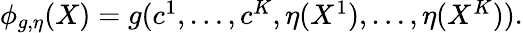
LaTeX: \begin{array}{r}{\phi_{g,\eta}(X)=g(c^{1},\ldots,c^{K},\eta(X^{1}),\ldots,\eta(X^{K})).}\end{array}